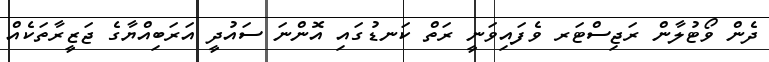
ދެން ވޯޓުލާން ރަޖިސްޓަރ ވެފައިވަނީ ރަތް ކަނޑުގައި އޮންނަ ސައުދީ އަރަބިއްޔާގެ ޖަޒީރާތަކެއް